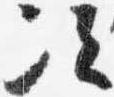
次